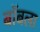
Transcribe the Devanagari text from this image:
बॉबला